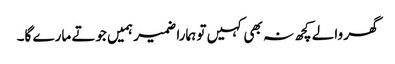
گھر والے کچھ نہ بھی کہیں تو ہمارا ضمیر ہمیں جوتے مارے گا۔